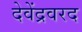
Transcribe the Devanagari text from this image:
देवेंद्रवरद